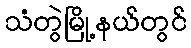
သံတွဲမြို့နယ်တွင်